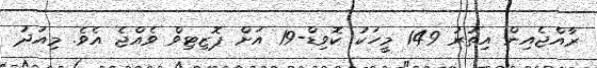
ރާއްޖެއިން އިތުރު 149 މީހަކު ކޮވިޑް-19 އަށް ޕޮޒިޓިވް ވެއްޖެ އެވެ. މިއަދު